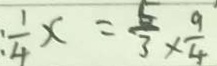
\frac { 1 } { 4 } x = \frac { 5 } { 3 } \times \frac { 9 } { 4 }